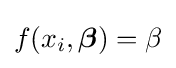
f(x_{i},{\boldsymbol {\beta }})=\beta